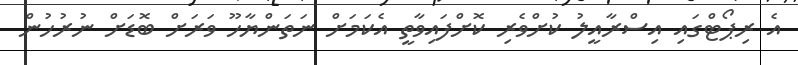
އެ ރިޕޯޓްގައި އިސްރާއީލު ކުށްވެރި ކޮށްފައިވާތީ އެކަމަށް ނަތަންޔާހޫ ވަރަށް ބޮޑަށް ނުރުހުން